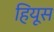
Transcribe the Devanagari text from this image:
हियूस